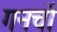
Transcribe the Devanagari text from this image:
गनचों